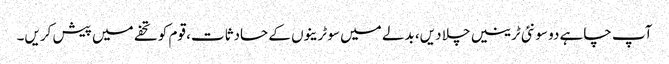
آپ چاہے دو سو نئی ٹرینیں چلا دیں، بدلے میں سو ٹرینوں کے حادثات، قوم کو تحفے میں پیش کریں۔